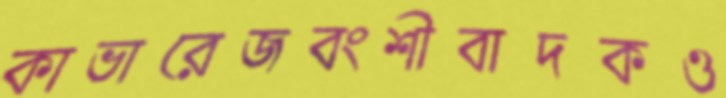
কাভারেজবংশীবাদকও